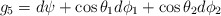
\begin{align*}g_5=d \psi +\cos \theta_1 d \phi_1+ \cos \theta_2 d \phi_2\end{align*}